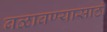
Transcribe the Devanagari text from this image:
बळावण्यासाठी